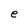
Character: e